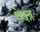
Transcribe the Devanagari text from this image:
पेदन्न